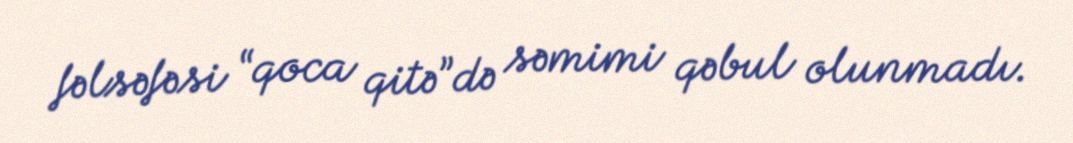
fəlsəfəsi “qoca qitə”də səmimi qəbul olunmadı.